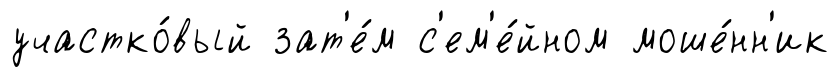
участко́вый зат'е́м с'ем'е́йном моше́нн'ик